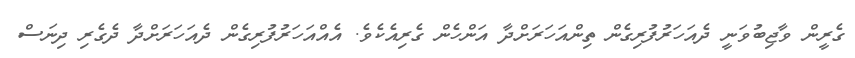
ގެރީން ވާޖިބުވަނީ ދެއަހަރުފުރިގެން ތިންއަހަރަށްދާ އަންހެން ގެރިއެކެވެ. އެއްއަހަރުފުރިގެން ދެއަހަރަށްދާ ދެގެރި ދިނަސް